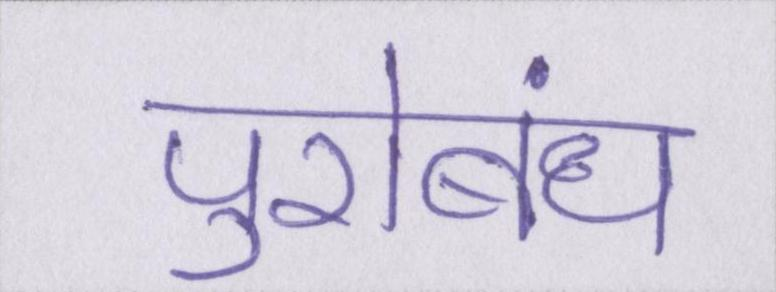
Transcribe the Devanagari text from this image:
पुरोबंध